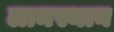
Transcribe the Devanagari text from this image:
लामस्थान